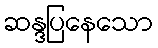
ဆန္ဒပြနေသော